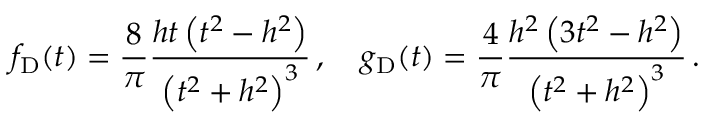
f _ { \mathrm { D } } ( t ) = \frac { 8 } { \pi } \frac { h t \left( t ^ { 2 } - h ^ { 2 } \right) } { \left( t ^ { 2 } + h ^ { 2 } \right) ^ { 3 } } \, , \quad g _ { \mathrm { D } } ( t ) = \frac { 4 } { \pi } \frac { h ^ { 2 } \left( 3 t ^ { 2 } - h ^ { 2 } \right) } { \left( t ^ { 2 } + h ^ { 2 } \right) ^ { 3 } } \, .